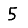
Digit: 5